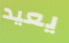
يعيد